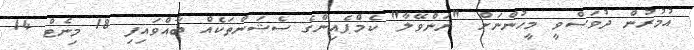
އުމުރުން ދުވަސްވީ މީހުންނަށް "ރަންވޭލާ" ކެމްޕެއިންގެ ސެޝަންތަކެއް ބާއްވައިފި 18 މިނެޓް 14